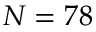
N = 7 8